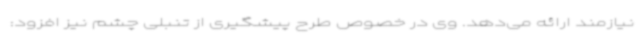
نیازمند ارائه می‌دهد. وی در خصوص طرح پیشگیری از تنبلی چشم نیز افزود: